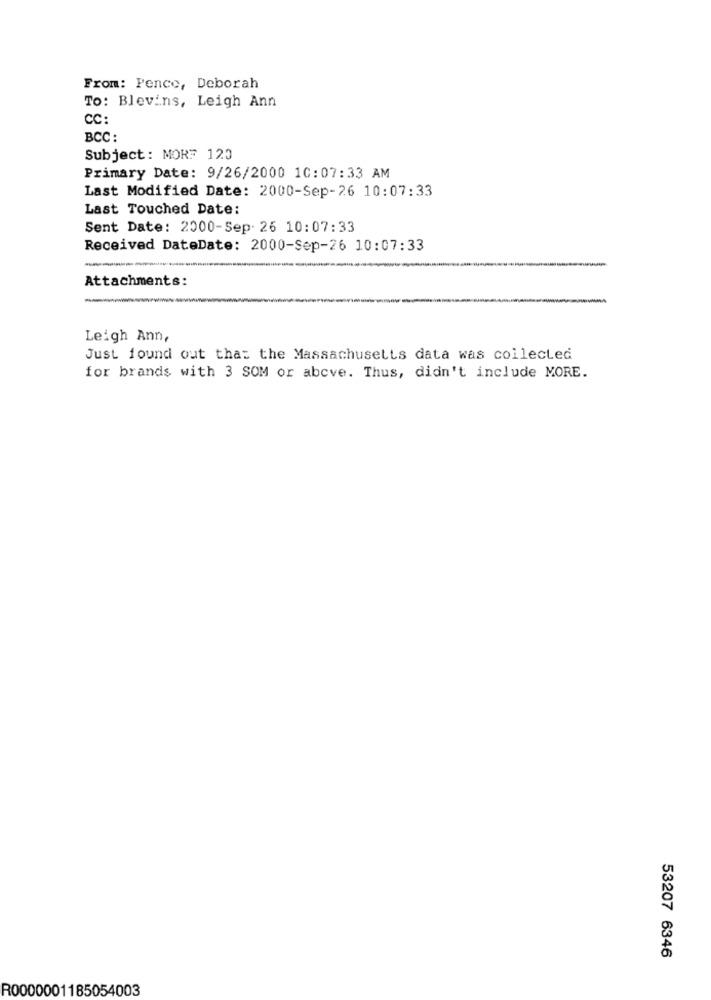
From: Pence, Deborah
To: Blevins, Leigh Ann
CC:
BCC :
Subject: MORF 120
Primary Date: 9/26/2000 10:07:33 AM
Last Modified Date: 2000-Sep-26 10:07:33
Last Touched Date:
Sent Date: 2000-Sep. 26 10:07:33
Received DateDate: 2000-Sep-26 10:07:33
--
Attachments:
Leigh Ann,
Just found out that the Massachusetts data was collected
for brands with 3 SOM or above. Thus, didn't include MORE.
53207 6346
R0000001185054003